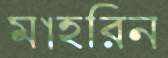
মাহরিন